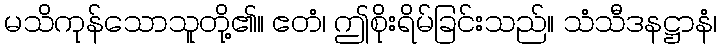
မသိကုန်သောသူတို့၏။ ဧတံ၊ ဤစိုးရိမ်ခြင်းသည်။ သံသီဒနဋ္ဌာနံ၊